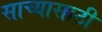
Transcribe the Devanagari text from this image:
साच्यासाठी